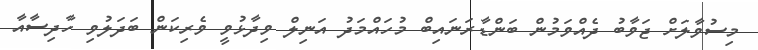
މިސުވާލަށް ޖަވާބު ދެއްވަމުން ބަންޑާރަނައިބް މުހައްމަދު އަނިލް ވިދާޅުވީ ވެރިކަން ބަދަލުވި ހާދިސާއާ